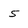
Character: 5